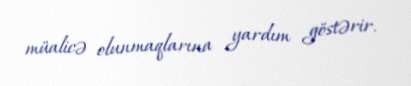
müalicə olunmaqlarına yardım göstərir.